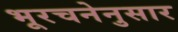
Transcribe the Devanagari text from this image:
भूरचनेनुसार